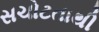
સચોટતાથી